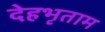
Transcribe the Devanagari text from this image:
देहभृताम